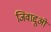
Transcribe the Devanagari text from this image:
जिवाद्दुओ